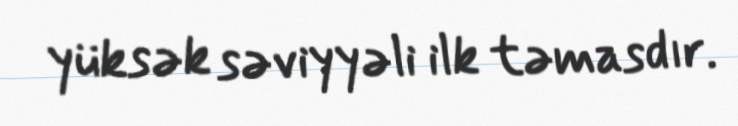
yüksək səviyyəli ilk təmasdır.